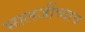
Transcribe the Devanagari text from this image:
भालजींच्याच